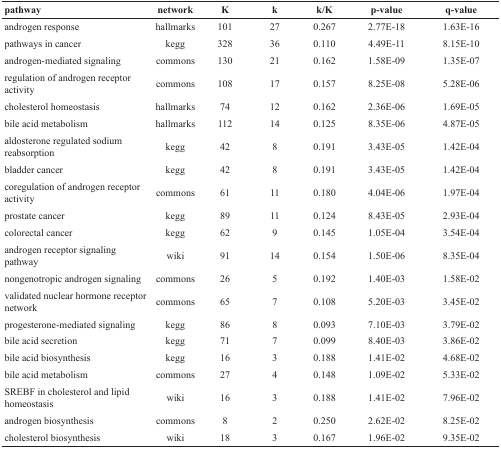
<table><thead><tr><td><b>pathway</b></td><td><b>network</b></td><td><b>K</b></td><td><b>k</b></td><td><b>k/K</b></td><td><b>p-value</b></td><td><b>q-value</b></td></tr></thead><tbody><tr><td>androgen response</td><td>hallmarks</td><td>101</td><td>27</td><td>0.267</td><td>2.77E-18</td><td>1.63E-16</td></tr><tr><td>pathways in cancer</td><td>kegg</td><td>328</td><td>36</td><td>0.110</td><td>4.49E-11</td><td>8.15E-10</td></tr><tr><td>androgen-mediated signaling</td><td>commons</td><td>130</td><td>21</td><td>0.162</td><td>1.58E-09</td><td>1.35E-07</td></tr><tr><td>regulation of androgen receptor activity</td><td>commons</td><td>108</td><td>17</td><td>0.157</td><td>8.25E-08</td><td>5.28E-06</td></tr><tr><td>cholesterol homeostasis</td><td>hallmarks</td><td>74</td><td>12</td><td>0.162</td><td>2.36E-06</td><td>1.69E-05</td></tr><tr><td>bile acid metabolism</td><td>hallmarks</td><td>112</td><td>14</td><td>0.125</td><td>8.35E-06</td><td>4.87E-05</td></tr><tr><td>aldosterone regulated sodium reabsorption</td><td>kegg</td><td>42</td><td>8</td><td>0.191</td><td>3.43E-05</td><td>1.42E-04</td></tr><tr><td>bladder cancer</td><td>kegg</td><td>42</td><td>8</td><td>0.191</td><td>3.43E-05</td><td>1.42E-04</td></tr><tr><td>coregulation of androgen receptor activity</td><td>commons</td><td>61</td><td>11</td><td>0.180</td><td>4.04E-06</td><td>1.97E-04</td></tr><tr><td>prostate cancer</td><td>kegg</td><td>89</td><td>11</td><td>0.124</td><td>8.43E-05</td><td>2.93E-04</td></tr><tr><td>colorectal cancer</td><td>kegg</td><td>62</td><td>9</td><td>0.145</td><td>1.05E-04</td><td>3.54E-04</td></tr><tr><td>androgen receptor signaling pathway</td><td>wiki</td><td>91</td><td>14</td><td>0.154</td><td>1.50E-06</td><td>8.35E-04</td></tr><tr><td>nongenotropic androgen signaling</td><td>commons</td><td>26</td><td>5</td><td>0.192</td><td>1.40E-03</td><td>1.58E-02</td></tr><tr><td>validated nuclear hormone receptor network</td><td>commons</td><td>65</td><td>7</td><td>0.108</td><td>5.20E-03</td><td>3.45E-02</td></tr><tr><td>progesterone-mediated signaling</td><td>kegg</td><td>86</td><td>8</td><td>0.093</td><td>7.10E-03</td><td>3.79E-02</td></tr><tr><td>bile acid secretion</td><td>kegg</td><td>71</td><td>7</td><td>0.099</td><td>8.40E-03</td><td>3.86E-02</td></tr><tr><td>bile acid biosynthesis</td><td>kegg</td><td>16</td><td>3</td><td>0.188</td><td>1.41E-02</td><td>4.68E-02</td></tr><tr><td>bile acid metabolism</td><td>commons</td><td>27</td><td>4</td><td>0.148</td><td>1.09E-02</td><td>5.33E-02</td></tr><tr><td>SREBF in cholesterol and lipid homeostasis</td><td>wiki</td><td>16</td><td>3</td><td>0.188</td><td>1.41E-02</td><td>7.96E-02</td></tr><tr><td>androgen biosynthesis</td><td>commons</td><td>8</td><td>2</td><td>0.250</td><td>2.62E-02</td><td>8.25E-02</td></tr><tr><td>cholesterol biosynthesis</td><td>wiki</td><td>18</td><td>3</td><td>0.167</td><td>1.96E-02</td><td>9.35E-02</td></tr></tbody></table>